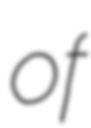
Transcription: of